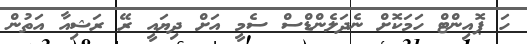
ހަ ޕޮއިންޓް ހަމަކޮށް ނެދަލެންޑްސް ސެމީ އަށް ދިޔައީ ރޭ ރަޝިއާ އަތުން